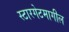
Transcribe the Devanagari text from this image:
स्टारगेटमागील